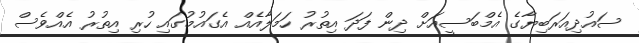
ސައުދިއަރަބިޔާގެ އެމްބަސީއަށް ދިން ފަދަ އިތުރު ހަމަލާއެއް އެގައުމުގައި ހުރި އިތުރު އެއްވެސް